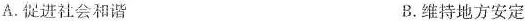
A.促进社会和谐 B.维持地方安定